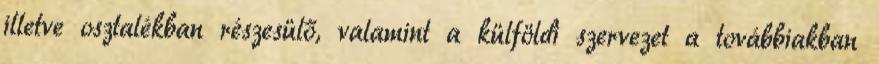
illetve osztalékban részesülő, valamint a külföldi szervezet a továbbiakban